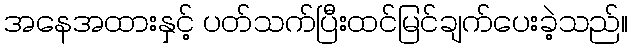
အနေအထားနှင့် ပတ်သက်ပြီးထင်မြင်ချက်ပေးခဲ့သည်။